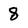
Character: 8